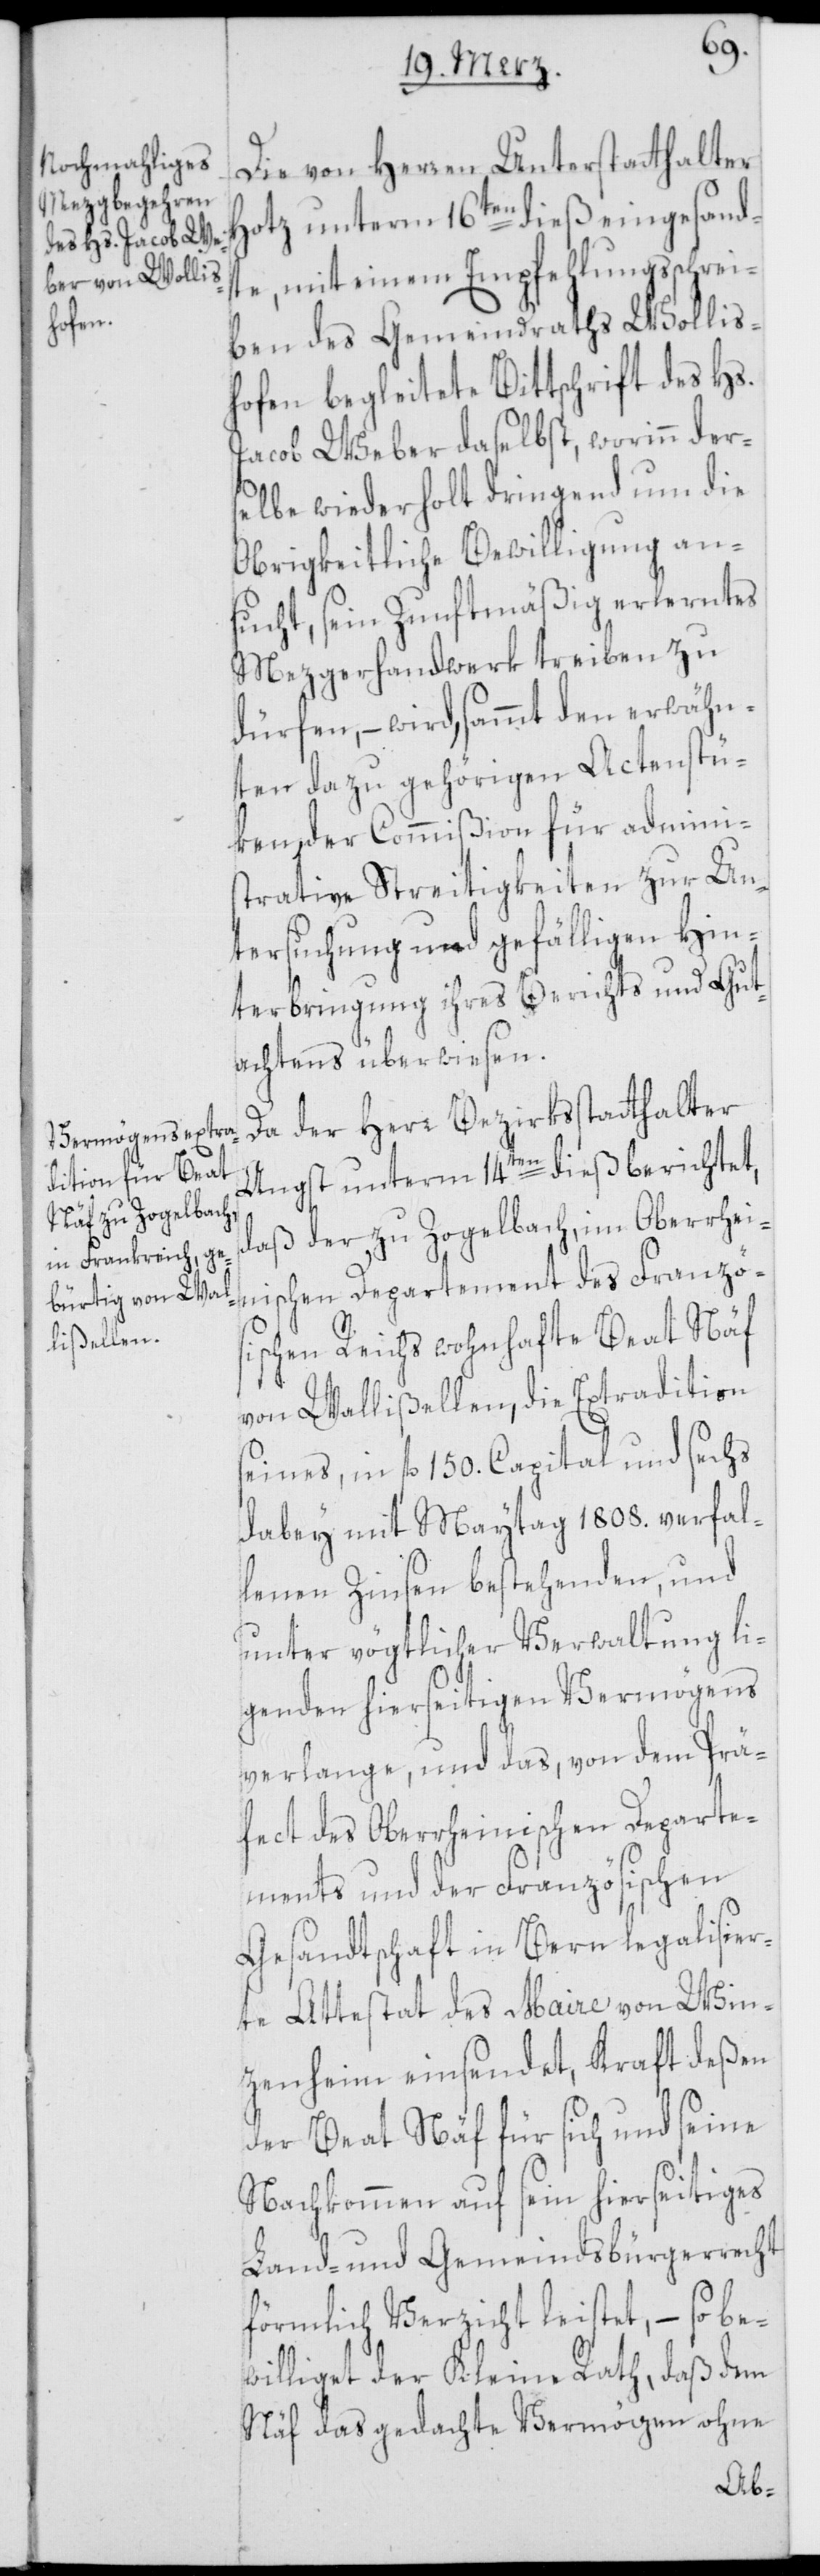
Die von Herren Unterstatthalter
Hotz unterm 16ten dieß eingesandt¬
e, mit einem Empfehlungsschrei¬
ben des Gemeindraths Wollis¬
hofen begleitete Bittschrift des Hs.
Jacob Weber daselbst, worinn der¬
selbe wiederholt dringend um die
Obrigkeitliche Bewilligung an¬
sucht, sein Zunftmäßig erlerntes
Mezgerhandwerk treiben zu
dürfen, – wird, sammt den erwähn¬
ten dazugehörigen Actenstü¬
ken, der Commißion für Adminis¬
trative Streitigkeiten zur Un¬
tersuchung und gefälligen Hin¬
terbringung ihres Berichts und Gut¬
achtens überwiesen.
Da der Herr Bezirksstatthalter
Angst unterm 14ten dieß berichtet,
daß der zu Zogelbach, im Oberrhei¬
nischen Departement des Französ¬
ischen Reichs wohnhafte Beat Näf
von Wallißellen, die Extradition
seines, in fl. 150. Capital und sechs
dabey mit Maytag 1808. verfal¬
lenen Zinsen bestehenden, und
unter vögtlicher Verwaltung li¬
genden hierseitigen Vermögens
verlange, und das, von dem Prä¬
fect des Oberrheinischen Departe¬
ments und der Französischen
Gesandtschaft in Bern legalisier¬
te Attestat des Maire von Win¬
zenheim einsendet, Kraft deßen
der Beat Näf für sich und seine
Nachkommen auf sein hierseitiges
Land- und Gemeindsbürgerrecht
förmlich Verzicht leistet, – so be¬
williget der Kleine Rath, daß dem
Näf das gedachte Vermögen ohne